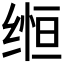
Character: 𬘵